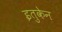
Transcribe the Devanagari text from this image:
इतुकेन